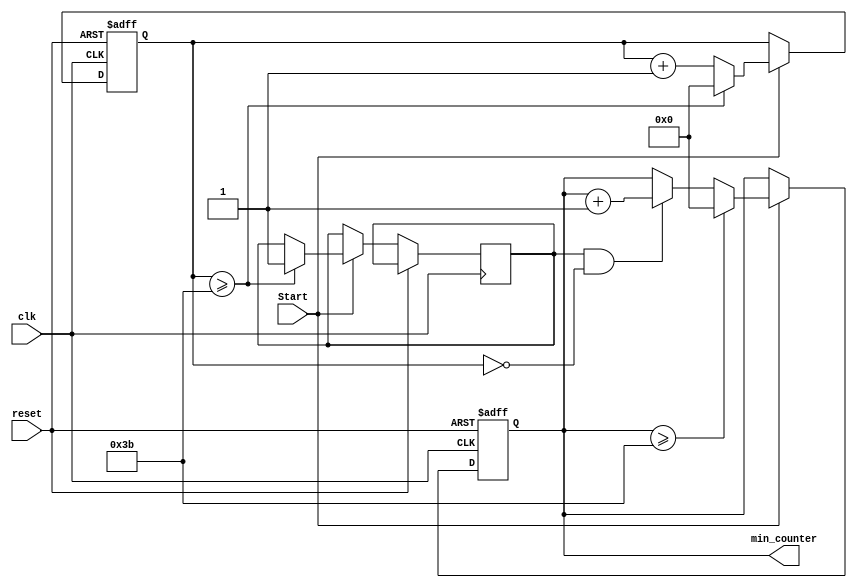
`timescale 1ns / 1ps
//////////////////////////////////////////////////////////////////////////////////
// Company: 
// Engineer: 
// 
// Design Name: 
// Module Name: Minuts_counter
// Project Name: 
// Target Devices: 
// Tool Versions: 
// Description: 
// 
// Dependencies: 
// 
// Revision:
// Revision 0.01 - File Created
// Additional Comments:
// 
//////////////////////////////////////////////////////////////////////////////////


module Minuts_counter(clk,reset,min_counter,Start);
    
    input clk,reset,Start; //start stop buttton "Start"
    
    output [5:0] min_counter;
reg [5:0] counter_up;
reg [5:0] counter_up1;
reg enable;

initial
begin
counter_up1<=6'd0;
end
initial
begin
counter_up<=6'd0;
end

always @(posedge clk or posedge reset )
begin

if(reset)
begin
 counter_up1 <= 6'd0;
 counter_up <=6'd0; 
 end
else if (Start) 
 begin 
 counter_up <= counter_up + 6'd1; 
if(counter_up>=59)
begin
counter_up<=0;
enable<=1;
end

if(enable==1 && counter_up==0)
begin
counter_up1<=counter_up1+6'd1;
end
if(counter_up1>=59)
begin
counter_up1<=0;
end
end
else begin
counter_up1 <= counter_up1;
 counter_up <=counter_up;
end
end
assign min_counter = counter_up1;

endmodule